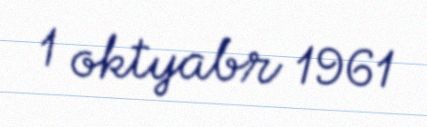
1 oktyabr 1961